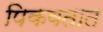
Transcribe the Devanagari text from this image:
पिकवतात